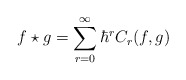
\begin{align*} f \star g = \sum_{r=0}^\infty \hbar^r C_r(f, g)\end{align*}